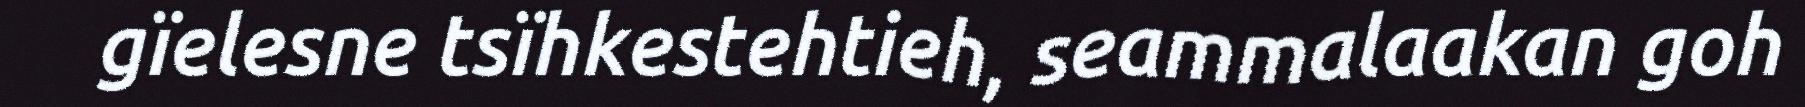
gïelesne tsïhkestehtieh, seammalaakan goh